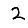
Digit: 2